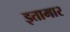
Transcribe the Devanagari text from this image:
इतामार